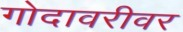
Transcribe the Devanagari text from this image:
गोदावरीवर